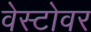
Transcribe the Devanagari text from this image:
वेस्टोवर